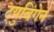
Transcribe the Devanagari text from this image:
ट्युबिंगेन